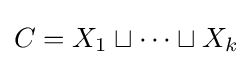
C=X_{1}\sqcup \cdots \sqcup X_{k}